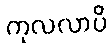
ကုလလာပိ